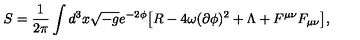
S = \frac { 1 } { 2 \pi } \int d ^ { 3 } x \sqrt { - g } e ^ { - 2 \phi } { \bigl [ } R - 4 \omega ( \partial \phi ) ^ { 2 } + \Lambda + F ^ { \mu \nu } F _ { \mu \nu } { \bigr ] } ,